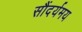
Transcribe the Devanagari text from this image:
सौंदर्यमय